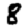
Digit: 8